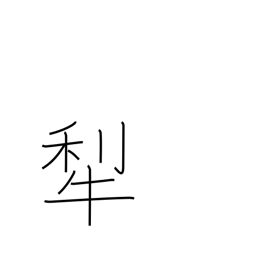
Meaning: plow